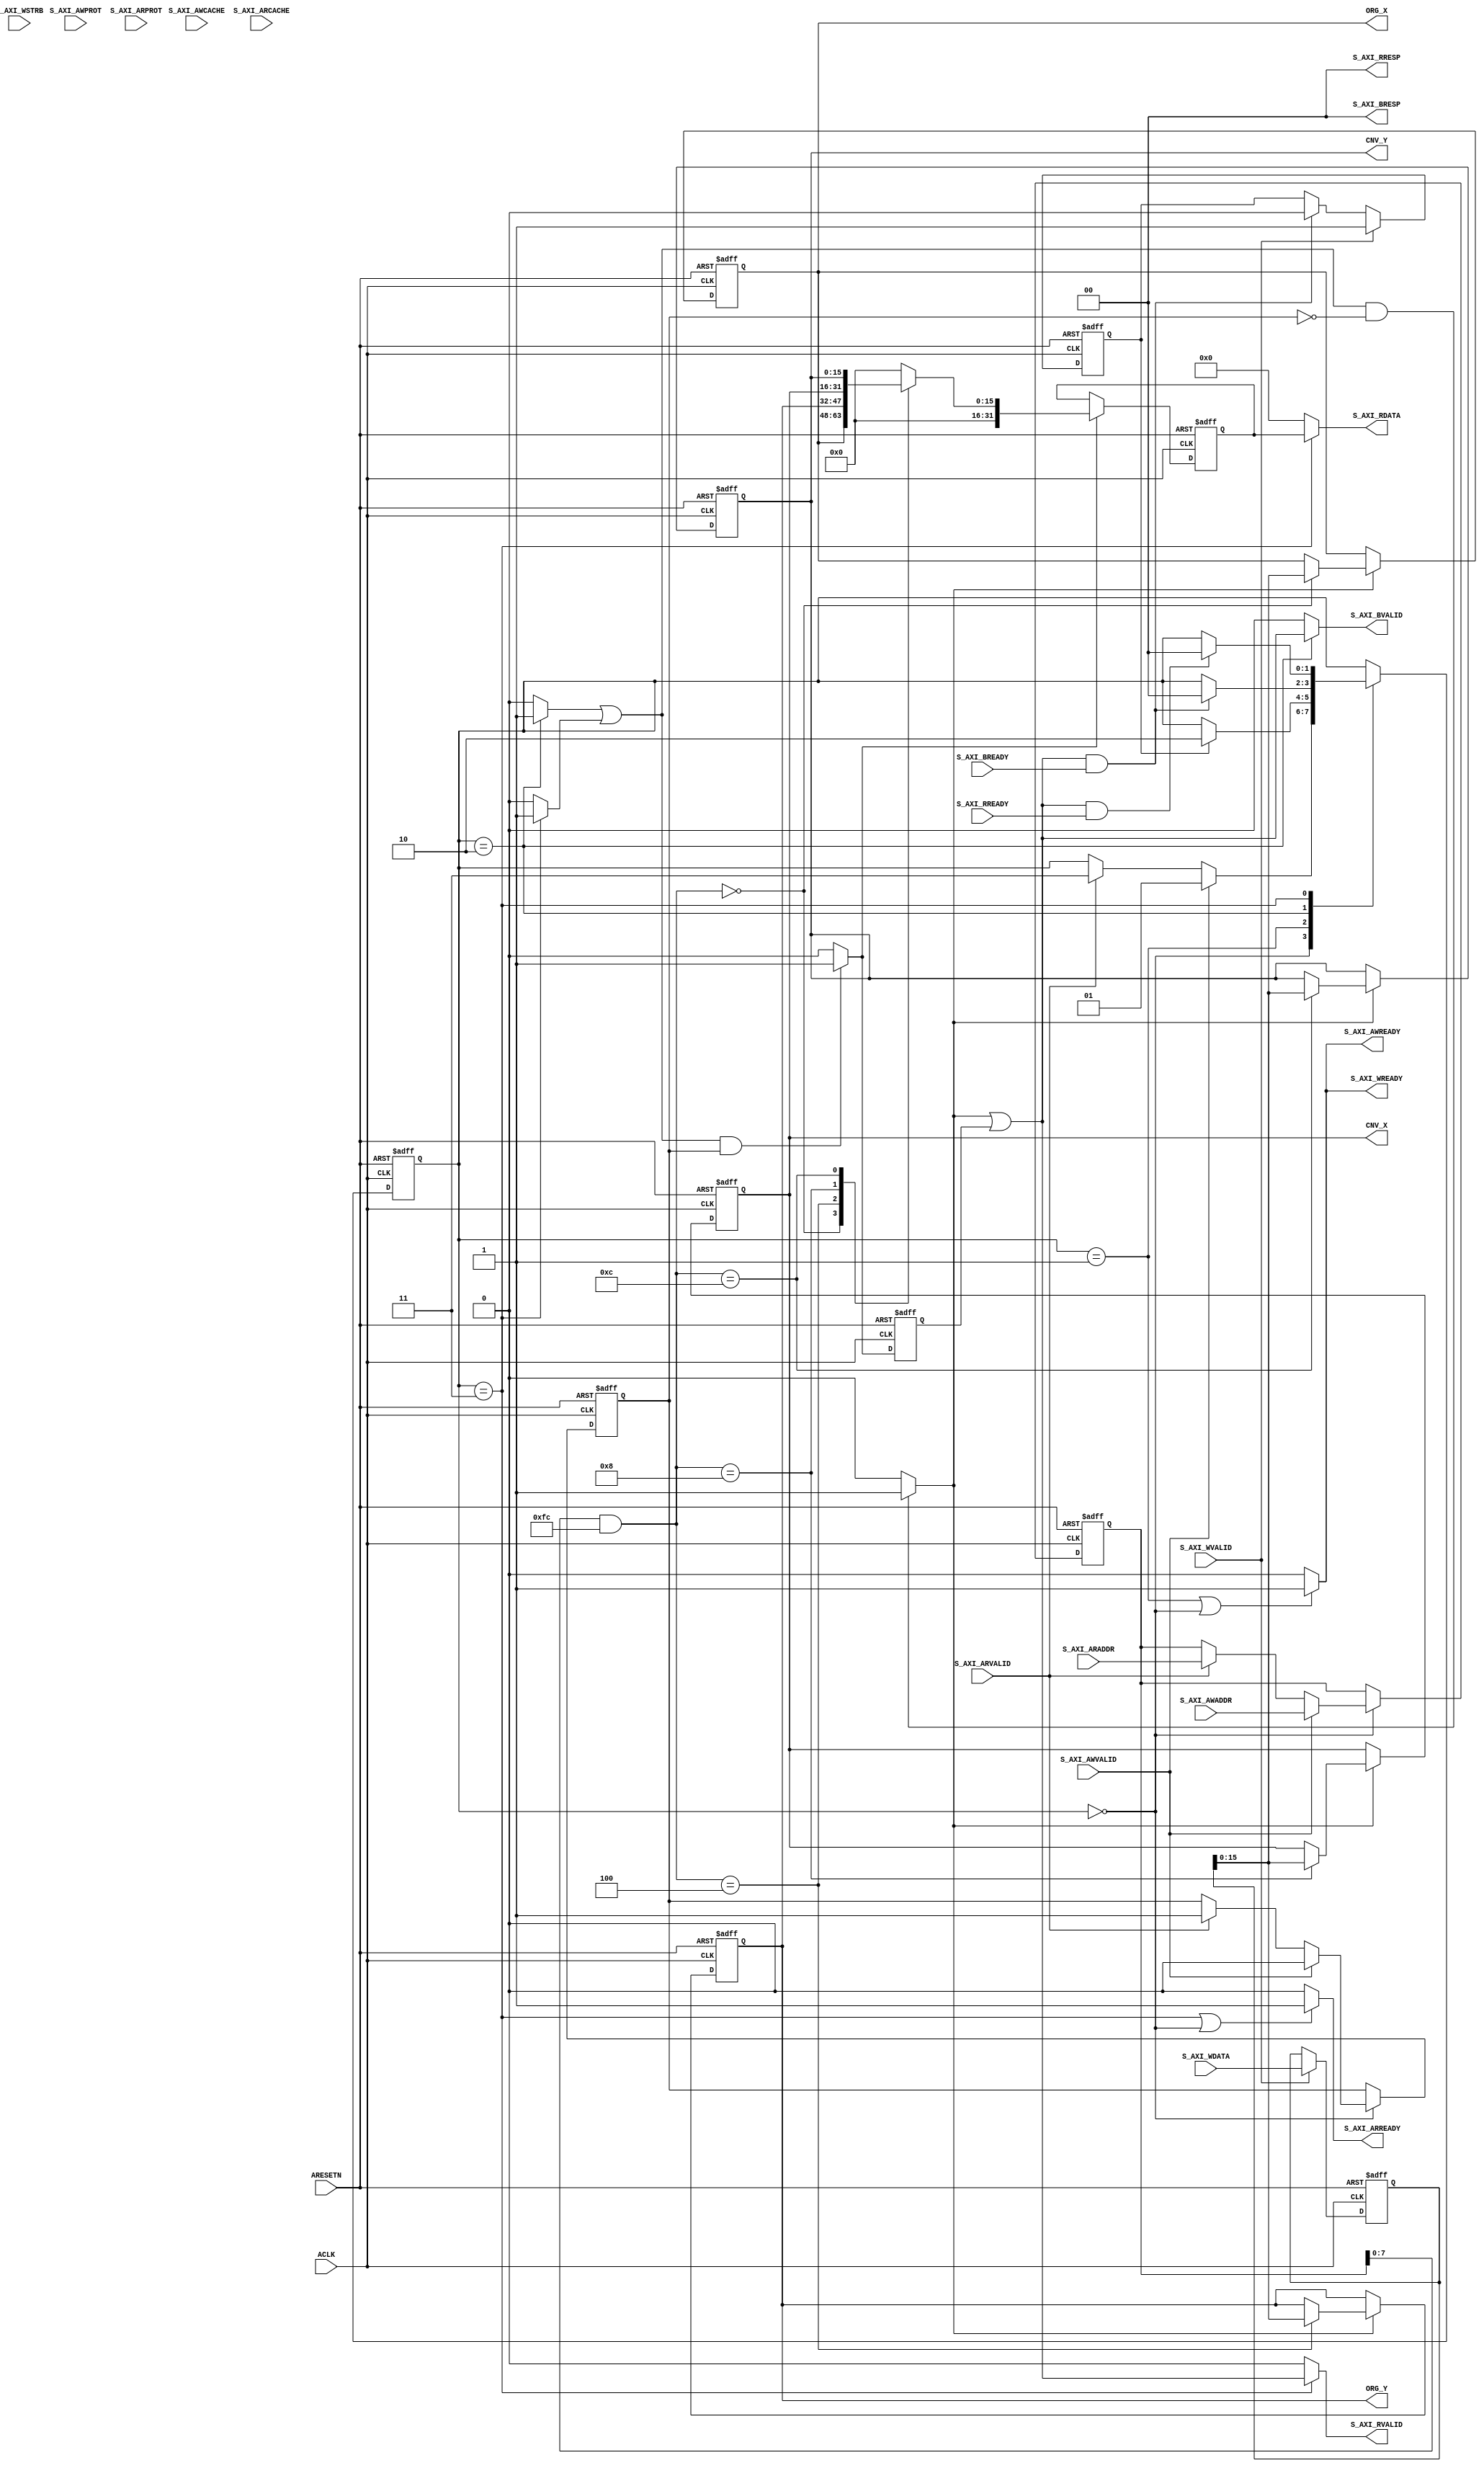
/*
 * AXI4 Lite Slave
 *
 * Copyright (C)2014-2019 AQUAXIS TECHNOLOGY.
 *  Don't remove this header.
 * When you use this source, there is a need to inherit this header.
 *
 * License: MIT License
 *
 * For further information please contact.
 *	URI:    http://www.aquaxis.com/
 */
module aq_axils_reduce
(
  // AXI4 Lite Interface
  input         ARESETN,
  input         ACLK,

  // Write Address Channel
  input [31:0]  S_AXI_AWADDR,
  input [3:0]   S_AXI_AWCACHE,
  input [2:0]   S_AXI_AWPROT,
  input         S_AXI_AWVALID,
  output        S_AXI_AWREADY,

  // Write Data Channel
  input [31:0]  S_AXI_WDATA,
  input [3:0]   S_AXI_WSTRB,
  input         S_AXI_WVALID,
  output        S_AXI_WREADY,

  // Write Response Channel
  output        S_AXI_BVALID,
  input         S_AXI_BREADY,
  output [1:0]  S_AXI_BRESP,

  // Read Address Channel
  input [31:0]  S_AXI_ARADDR,
  input [3:0]   S_AXI_ARCACHE,
  input [2:0]   S_AXI_ARPROT,
  input         S_AXI_ARVALID,
  output        S_AXI_ARREADY,

  // Read Data Channel
  output [31:0] S_AXI_RDATA,
  output [1:0]  S_AXI_RRESP,
  output        S_AXI_RVALID,
  input         S_AXI_RREADY,

  // Local Interface
  output [15:0] ORG_X,
  output [15:0] ORG_Y,
  output [15:0] CNV_X,
  output [15:0] CNV_Y
);

/*
  CACHE[3:0]
    WA RA C  B
    0  0  0  0 Noncacheable and nonbufferable
    0  0  0  1 Bufferable only
    0  0  1  0 Cacheable, but do not allocate
   *0  0  1  1 Cacheable and Bufferable, but do not allocate
    0  1  1  0 Cacheable write-through, allocate on reads only
    0  1  1  1 Cacheable write-back, allocate on reads only
    1  0  1  0 Cacheable write-through, allocate on write only
    1  0  1  1 Cacheable write-back, allocate on writes only
    1  1  1  0 Cacheable write-through, allocate on both reads and writes
    1  1  1  1 Cacheable write-back, allocate on both reads and writes

  PROR[2:0]
    [2]:0:Data Access(*)
        1:Instruction Access
    [1]:0:Secure Access(*)
        1:NoSecure Access
    [0]:0:Privileged Access(*)
        1:Normal Access

  RESP[1:0]
    00: OK
    01: EXOK
    10: SLVERR
    11: DECERR
*/

  localparam S_IDLE   = 2'd0;
  localparam S_WRITE  = 2'd1;
  localparam S_WRITE2 = 2'd2;
  localparam S_READ   = 2'd3;

  reg [1:0]     state;
  reg           reg_rnw;
  reg [31:0]    reg_addr, reg_wdata;
  reg [3:0]     reg_be;
  reg           reg_wallready;

  wire          local_cs, local_rnw, local_ack;
  wire [3:0]    local_be;
  wire [31:0]   local_addr, local_wdata, local_rdata;

  always @( posedge ACLK or negedge ARESETN ) begin
    if( !ARESETN ) begin
      state         <= S_IDLE;
      reg_rnw       <= 1'b0;
      reg_addr      <= 32'd0;
      reg_wdata     <= 32'd0;
      reg_be        <= 4'd0;
      reg_wallready <= 1'b0;
    end else begin
      // Receive wdata
      if( S_AXI_WVALID ) begin
        reg_wdata     <= S_AXI_WDATA;
        reg_be        <= S_AXI_WSTRB;
        reg_wallready <= 1'b1;
      end else if( local_ack & S_AXI_BREADY ) begin
        reg_wallready <= 1'b0;
      end

      // Address state
      case( state )
        S_IDLE: begin
          if( S_AXI_AWVALID ) begin
            reg_rnw   <= 1'b0;
            reg_addr  <= S_AXI_AWADDR;
            state     <= S_WRITE;
          end else if( S_AXI_ARVALID ) begin
            reg_rnw   <= 1'b1;
            reg_addr  <= S_AXI_ARADDR;
            state     <= S_READ;
          end
        end
        S_WRITE: begin
          if( reg_wallready ) begin
            state     <= S_WRITE2;
          end
        end
        S_WRITE2: begin
          if( local_ack & S_AXI_BREADY ) begin
            state     <= S_IDLE;
          end
        end
        S_READ: begin
          if( local_ack & S_AXI_RREADY ) begin
            state     <= S_IDLE;
          end
        end
        default: state <= S_IDLE;
      endcase
    end
  end

  // Write Channel
  assign S_AXI_AWREADY  = ( state == S_WRITE || state == S_IDLE )?1'b1:1'b0;
  assign S_AXI_WREADY   = ( state == S_WRITE || state == S_IDLE )?1'b1:1'b0;
  assign S_AXI_BVALID   = ( state == S_WRITE2 )?local_ack:1'b0;
  assign S_AXI_BRESP    = 2'b00;

  // Read Channel
  assign S_AXI_ARREADY  = ( state == S_READ  || state == S_IDLE )?1'b1:1'b0;
  assign S_AXI_RVALID   = ( state == S_READ )?local_ack:1'b0;
  assign S_AXI_RRESP    = 2'b00;
  assign S_AXI_RDATA    = ( state == S_READ )?local_rdata:32'd0;

  // Local Interface
  assign local_cs       = (( state == S_WRITE2 )?1'b1:1'b0) | (( state == S_READ )?1'b1:1'b0) | 1'b0;
  assign local_rnw      = reg_rnw;
  assign local_addr     = reg_addr;
  assign local_be       = reg_be;
  assign local_wdata    = reg_wdata;

  // Local Controller
  localparam A_ORG_X    = 8'h00;
  localparam A_ORG_Y    = 8'h04;
  localparam A_CNV_X    = 8'h08;
  localparam A_CNV_Y    = 8'h0C;

  wire          wr_ena, rd_ena, wr_ack;
  reg           rd_ack;
  reg [31:0]    reg_rdata;

  assign wr_ena     = (local_cs & ~local_rnw)?1'b1:1'b0;
  assign rd_ena     = (local_cs &  local_rnw)?1'b1:1'b0;
  assign wr_ack     = wr_ena;
  assign local_ack  = wr_ack | rd_ack;

  reg [15:0]    reg_org_x, reg_org_y, reg_cnv_x, reg_cnv_y;

  // Write register
  always @(posedge ACLK or negedge ARESETN) begin
    if(!ARESETN) begin
      reg_org_x[15:0] <= 16'd0;
      reg_org_y[15:0] <= 16'd0;
      reg_cnv_x[15:0] <= 16'd0;
      reg_cnv_y[15:0] <= 16'd0;
    end else begin
      if(wr_ena) begin
        case(local_addr[7:0] & 8'hFC)
          A_ORG_X:
            begin
              reg_org_x[15:0] <= local_wdata[15:0];
            end
          A_ORG_Y:
            begin
              reg_org_y[15:0] <= local_wdata[15:0];
            end
          A_CNV_X:
            begin
              reg_cnv_x[15:0] <= local_wdata[15:0];
            end
          A_CNV_Y:
            begin
              reg_cnv_y[15:0] <= local_wdata[15:0];
            end
          default:
            begin
            end
        endcase
      end
    end
  end

  // Read register
  always @(posedge ACLK or negedge ARESETN) begin
    if(!ARESETN) begin
      reg_rdata[31:0] <= 32'd0;
      rd_ack <= 1'b0;
    end else begin
      rd_ack <= rd_ena;
      if(rd_ena) begin
        case(local_addr[7:0] & 8'hFC)
          A_ORG_X:   reg_rdata[31:0] <= {16'd0, reg_org_x[15:0]};
          A_ORG_Y:   reg_rdata[31:0] <= {16'd0, reg_org_y[15:0]};
          A_CNV_X:   reg_rdata[31:0] <= {16'd0, reg_cnv_x[15:0]};
          A_CNV_Y:   reg_rdata[31:0] <= {16'd0, reg_cnv_y[15:0]};
          default:  reg_rdata[31:0] <= 32'd0;
        endcase
      end
    end
  end

  assign local_rdata[31:0] = reg_rdata[31:0];

  assign ORG_X[15:0] = reg_org_x[15:0];
  assign ORG_Y[15:0] = reg_org_y[15:0];
  assign CNV_X[15:0] = reg_cnv_x[15:0];
  assign CNV_Y[15:0] = reg_cnv_y[15:0];
endmodule